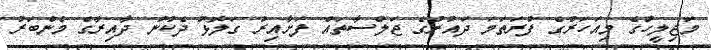
މަޖިލީހުގެ މިއަހަރުގެ ފުރަތަމަ ދައުރުގެ ޖަލްސާތައް ފަށާއިރު ގަލޮޅު ދެކުނު ދާއިރާގެ މެންބަރު